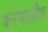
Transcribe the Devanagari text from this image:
करमाजोव